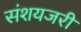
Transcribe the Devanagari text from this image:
संशयजरी